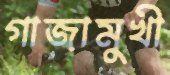
গাজামুখী